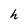
Character: h